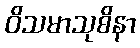
ဝိသမာသုစိနာ